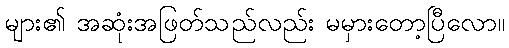
များ၏ အဆုံးအဖြတ်သည်လည်း မမှားတော့ပြီလော။